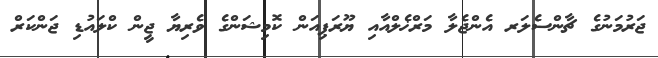
ޖަރުމަނުގެ ޗާންސެލަރ އެންޖެލާ މަރްޚެލްއާއި ޔޫރަޕިއަން ކޮމިޝަންގެ ވެރިޔާ ޖީން ކްލައުޑި ޖަންކަރް